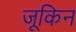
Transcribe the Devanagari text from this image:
जूकिन